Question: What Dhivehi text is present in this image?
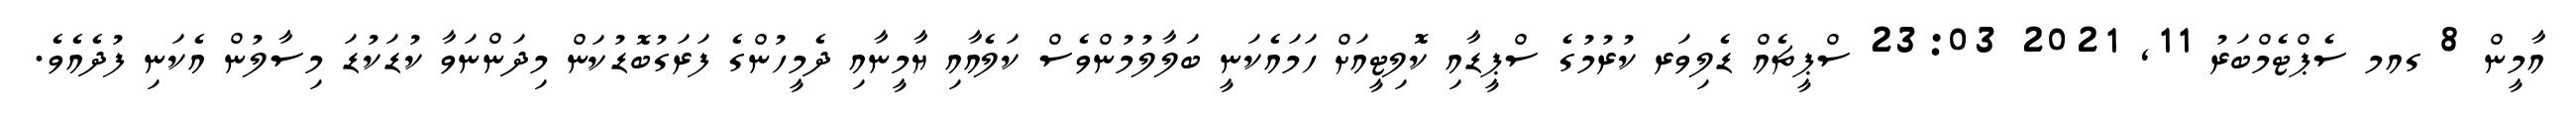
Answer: އާމީން 8 ގއމ ސެޕްޓެމްބަރު 11, 2021 23:03 ސްޕީޗެއް ޑެލިވަރ ކުރުމުގެ ސްޕީޑާއި ކޮލިޓީއަށް ހަމައެކަނީ ބަލާލުމުންވެސް ކަލެއާއި ޔާމީނާއި ދެމީހުންގެ ފަރަގުބޮޑުކަން މިދަންނަވާ ކުޑަކުޑަ މިސާލުން އެކަނި ފުދެއެވެ.